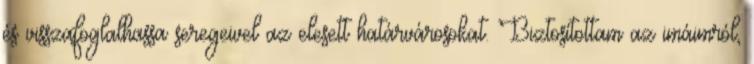
és visszafoglalhassa seregeivel az elesett határvárosokat. Biztosítottam az imáimról,